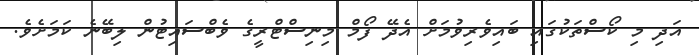
އަދި މި ކޯސްތަކުގައި ބައިވެރިވުމަށް އެދޭ ފޯމް މިނިސްޓްރީގެ ވެބްސައިޓުން ލިބޭނެ ކަމަށެވެ.